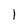
Character: l